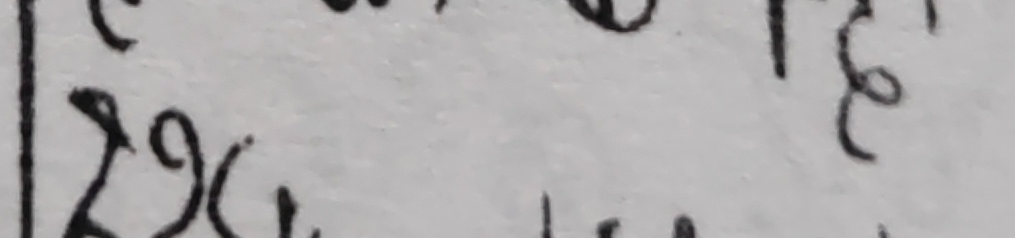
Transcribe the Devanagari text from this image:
२५ ज्ञ कि ह छ